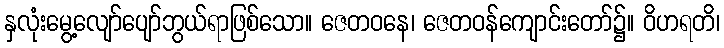
နှလုံးမွေ့လျော်ပျော်ဘွယ်ရာဖြစ်သော။ ဇေတဝနေ၊ ဇေတဝန်ကျောင်းတော်၌။ ဝိဟရတိ၊